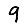
Digit: 9